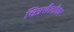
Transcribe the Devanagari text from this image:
चित्रशैलीवर